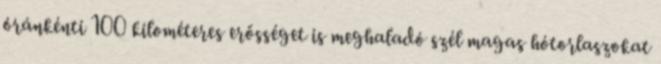
óránkénti 100 kilométeres erősséget is meghaladó szél magas hótorlaszokat